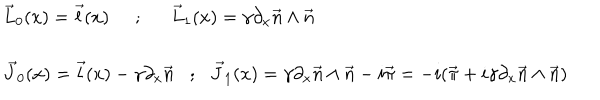
LaTeX: \begin{array} { l l } { { \vec { L } _ { 0 } ( x ) = \vec { l } ( x ) \; \; { ; } \vec { L } _ { 1 } ( x ) = \gamma \partial _ { x } \vec { n } \wedge \vec { n } } } \\ { { \vec { J } _ { 0 } ( x ) = \vec { l } ( x ) - \gamma \partial _ { x } \vec { n } { ; } \vec { J } _ { 1 } ( x ) = \gamma \partial _ { x } \vec { n } \wedge \vec { n } - i \vec { \pi } = - i ( \vec { \pi } + i \gamma \partial _ { x } \vec { n } \wedge \vec { n } ) } } \\ \end{array}